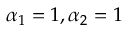
\alpha _ { 1 } = 1 , \alpha _ { 2 } = 1